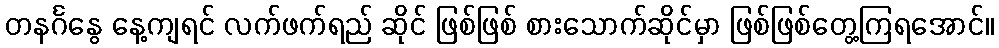
တနင်္ဂနွေ နေ့ကျရင် လက်ဖက်ရည် ဆိုင် ဖြစ်ဖြစ် စားသောက်ဆိုင်မှာ ဖြစ်ဖြစ်တွေ့ကြရအောင်။